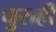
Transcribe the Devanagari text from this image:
धुराही